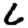
Digit: 6